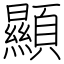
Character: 顯